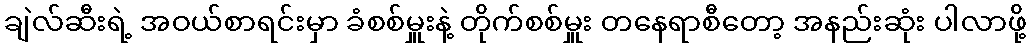
ချဲလ်ဆီးရဲ့ အဝယ်စာရင်းမှာ ခံစစ်မှူးနဲ့ တိုက်စစ်မှူး တနေရာစီတော့ အနည်းဆုံး ပါလာဖို့